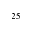
^ { 2 5 }